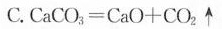
C.$$C a C O _ { 3 } = C a O + C O _ { 2 } \uparrow $$